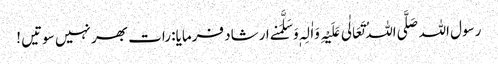
رسول اللہ صَلَّی اللہُ تَعَالٰی عَلَیْہِ وَاٰلِہٖ وَسَلَّمَنے ارشاد فرمایا: رات بھر نہیں سوتیں !